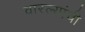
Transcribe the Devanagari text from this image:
वारल्यांची